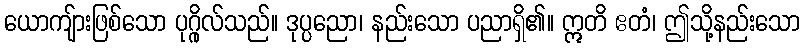
ယောကျ်ားဖြစ်သော ပုဂ္ဂိုလ်သည်။ ဒုပ္ပညော၊ နည်းသော ပညာရှိ၏။ ဣတိ ဧတံ၊ ဤသို့နည်းသော